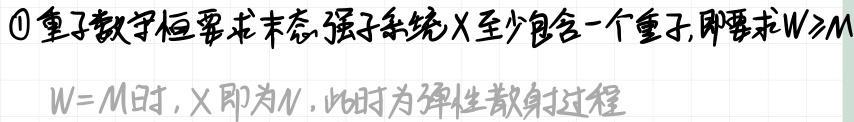
\textcircled{1}重子数守恒要求末态强子系统$X$至少包含一个重子,即要求$W\geqslant M$
$W = M$时，$X$即为$N$，此时为弹性散射过程